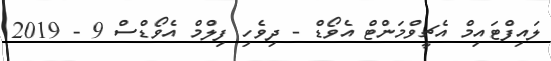
ލައިފްޓައިމް އެޗީވްމަންޓް އެވޯޑް - ދިވެހި ފިލްމް އެވޯޑްސް 9 - 2019